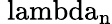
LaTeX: \mathrm{\ lambda_{n}}